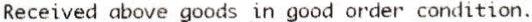
RECEIVED ABOVE GOODS IN GOOD ORDER CONDITION.